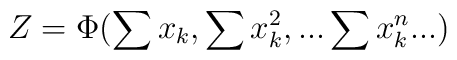
Z=\Phi (\sum x_{k},\sum x_{k}^{2},...\sum x_{k}^{n}...)